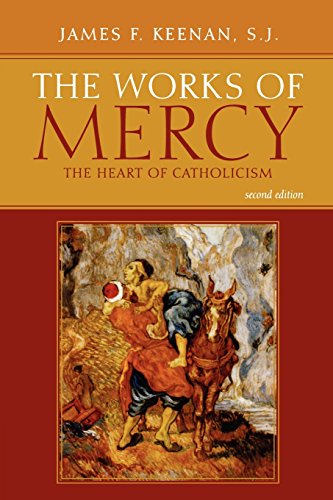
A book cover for The Works of Mercy: The Heart of Catholicism; James F. Keenan  SJ; Christian Books & Bibles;